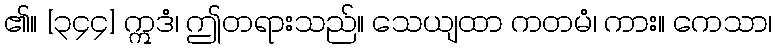
၏။ [၃၄၄] ဣဒံ၊ ဤတရားသည်။ သေယျထာ ကတမံ၊ ကား။ ကေသာ၊